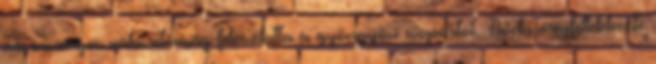
az országos választmány feloszlatta a gyöngyösi csoportot. Boda megfellebbezte